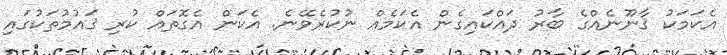
އެކަމަކު ޤާނޫނެއްގެ ބާރު ދައްކައިގެން އެކަމެއް ނުކުރެވޭނެ. އެކަން އެގޮތައް ކުރި ޤައުމުތަކުގައި